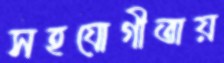
সহযোগীতায়